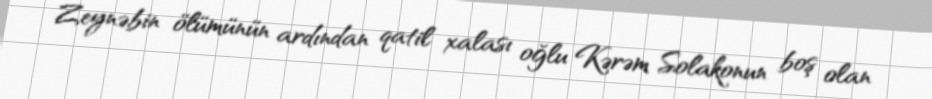
Zeynəbin ölümünün ardından qatil xalası oğlu Kərəm Solakonun boş olan